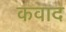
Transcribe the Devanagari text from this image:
कवाद